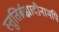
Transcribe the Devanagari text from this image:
स्तुतिर्ब्रह्मादीनामपि